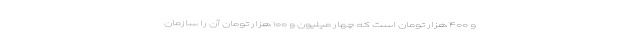
و ۴۰۰ هزار تومان است که چهار میلیون و ۱۰۰ هزار تومان آن را سازمان